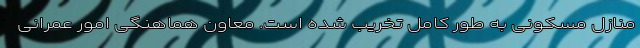
منازل مسکونی به طور کامل تخریب شده است. معاون هماهنگی امور عمرانی